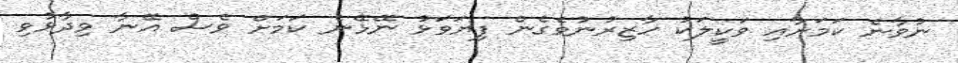
ނުވާނެ ކަމަށާއި ވަކީލަކު ހާޒިރުނުވެގެން ފިޔަވަޅު ނޭޅޭނެ ކަމަށް ވެސް އޭނާ ވިދާޅުވި